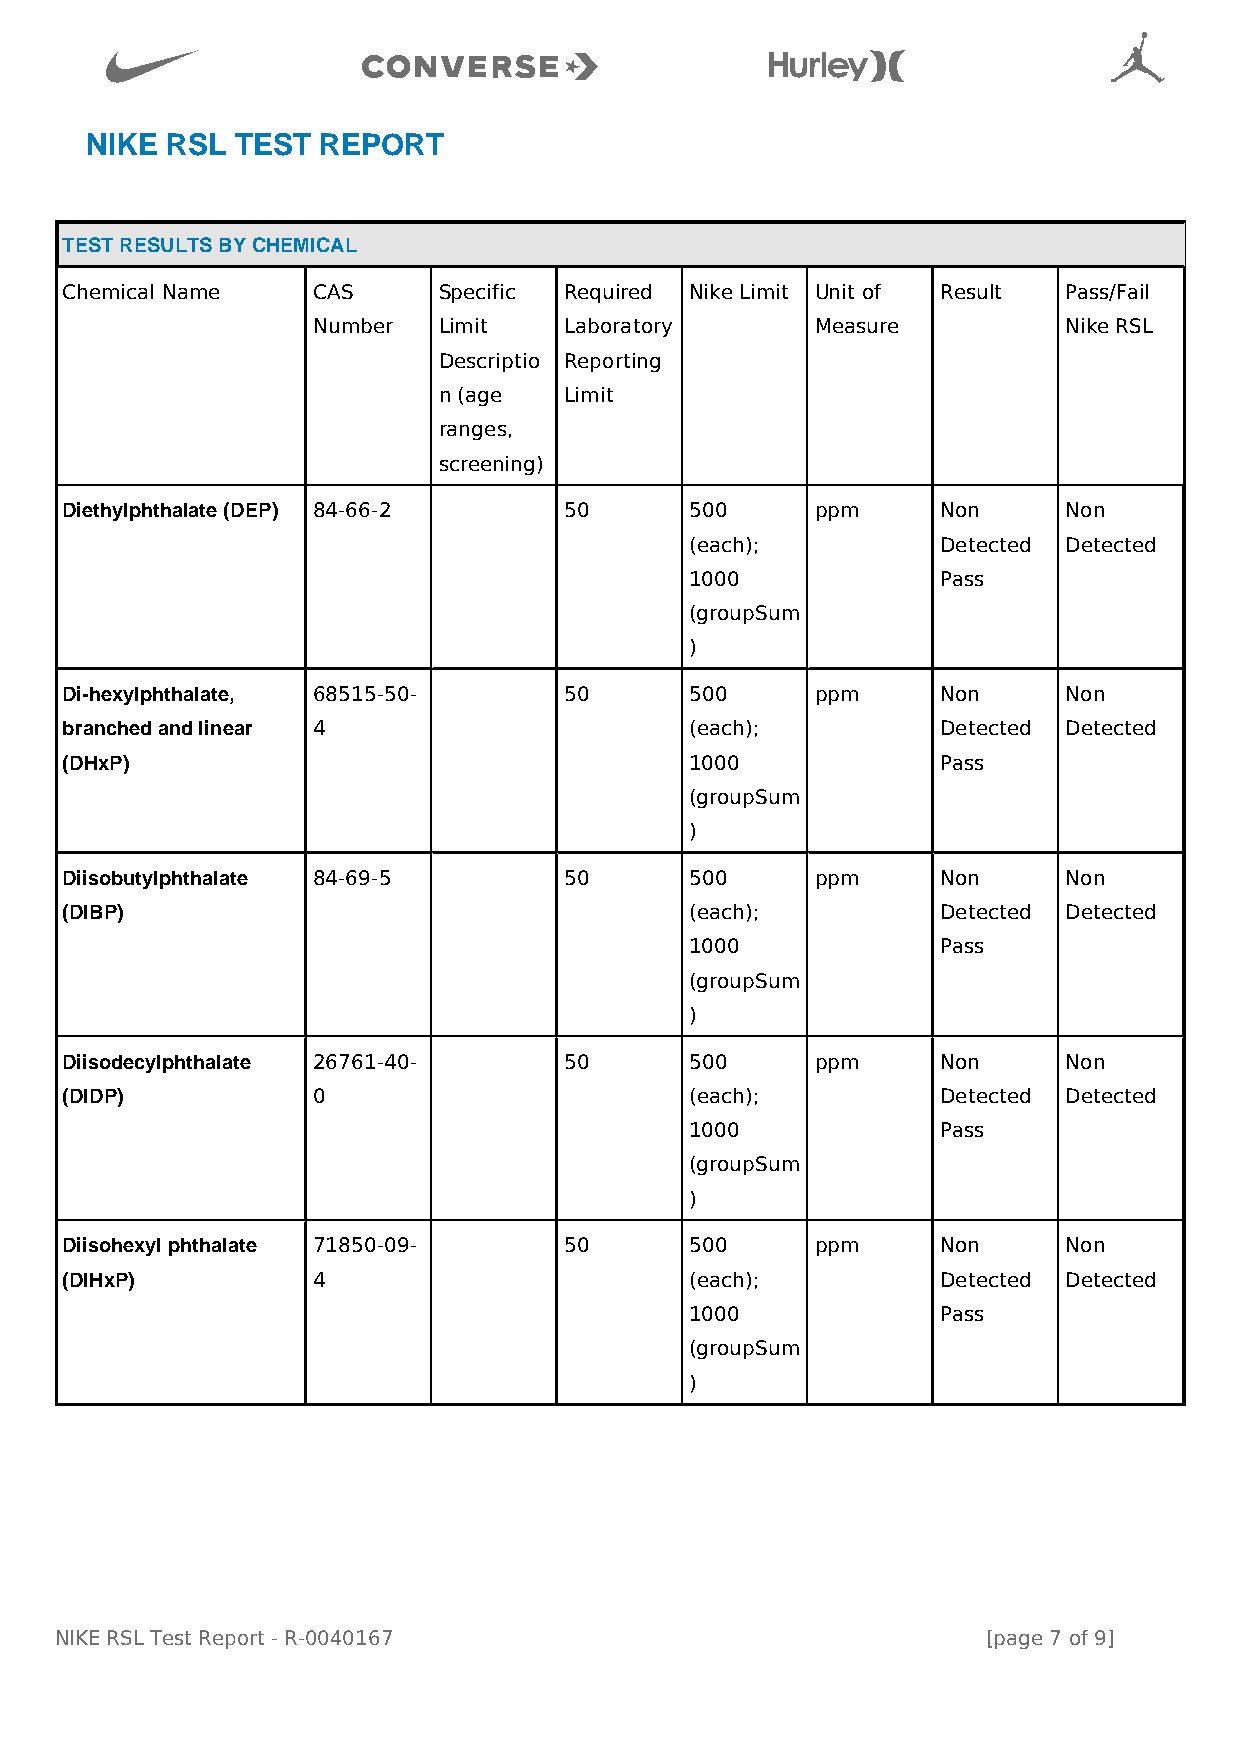

                                           
 NIKE RSL  TEST REPORT
 TEST RESULTS BY CHEMICAL
 Chemical Name    CAS     Specific Required Nike Limit Unit of Result Pass/Fail
 Number  Limit   Laboratory       Measure         Nike RSL
 Descriptio Reporting
 n (age  Limit
 ranges,
 screening)
 Diethylphthalate (DEP) 84-66-2   50       500     ppm     Non     Non
 (each);         Detected Detected
 1000            Pass
 (groupSum
 )
 Di-hexylphthalate, 68515-50-     50       500     ppm     Non     Non
 branched and linear 4                     (each);         Detected Detected
 (DHxP)                                    1000            Pass
 (groupSum
 )
 Diisobutylphthalate 84-69-5      50       500     ppm     Non     Non
 (DIBP)                                    (each);         Detected Detected
 1000            Pass
 (groupSum
 )
 Diisodecylphthalate 26761-40-    50       500     ppm     Non     Non
 (DIDP)           0                        (each);         Detected Detected
 1000            Pass
 (groupSum
 )
 Diisohexyl phthalate 71850-09-   50       500     ppm     Non     Non
 (DIHxP)          4                        (each);         Detected Detected
 1000            Pass
 (groupSum
 )
 NIKE RSL Test Report - R-0040167                             [page 7 of 9]